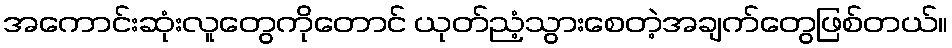
အကောင်းဆုံးလူတွေကိုတောင် ယုတ်ညံ့သွားစေတဲ့အချက်တွေဖြစ်တယ်။